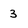
Character: 3